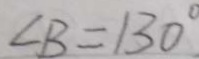
\angle B = 1 3 0 ^ { \circ }